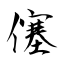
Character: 僿